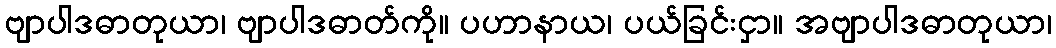
ဗျာပါဒဓာတုယာ၊ ဗျာပါဒဓာတ်ကို။ ပဟာနာယ၊ ပယ်ခြင်းငှာ။ အဗျာပါဒဓာတုယာ၊